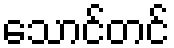
သောင်တင်